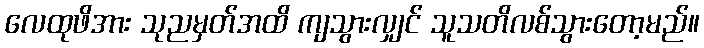
လေထုဖိအား သုညမှတ်အထိ ကျသွားလျှင် သူသတိလစ်သွားတော့မည်။